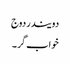
دویندر دوج
خواب گر ۔